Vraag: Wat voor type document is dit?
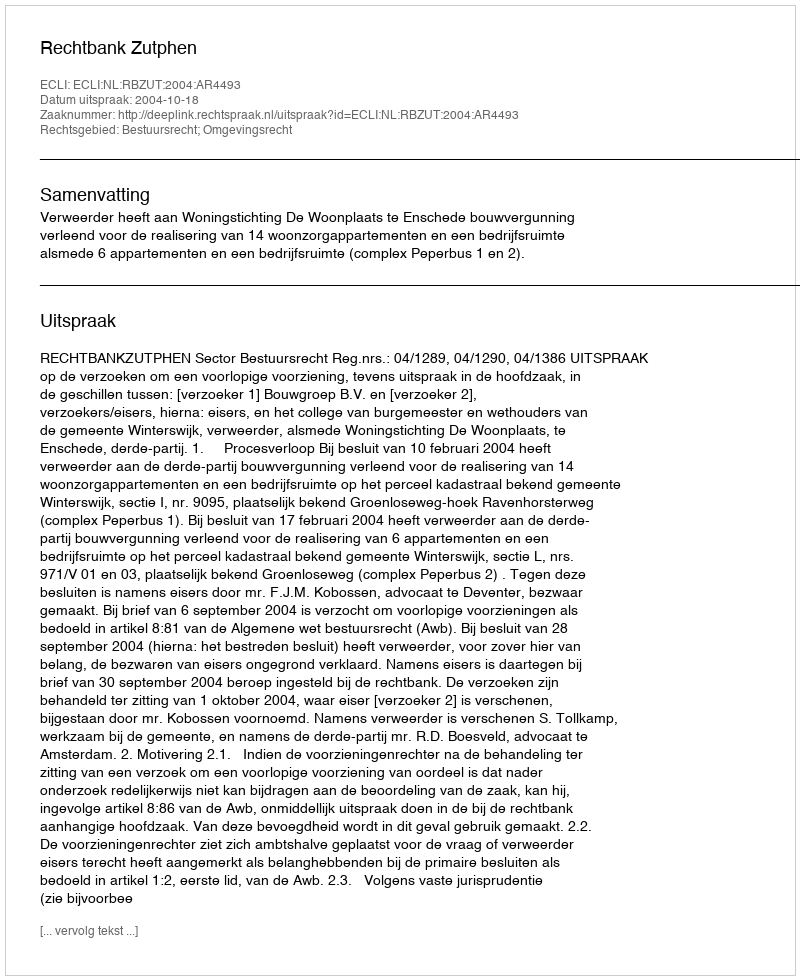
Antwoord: Uitspraak